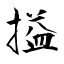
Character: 搤